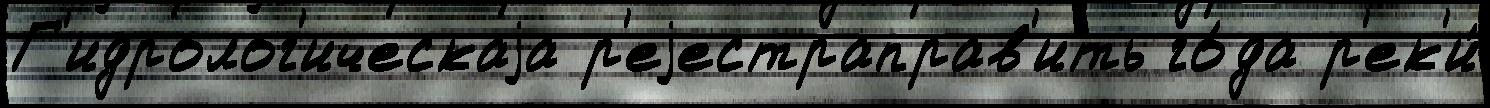
Г'идролог'ическаjа р'еjестраправ'ить го́да р'ек'и́